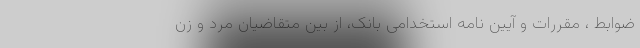
ضوابط ، مقررات و آیین نامه استخدامی بانک، از بین متقاضیان مرد و زن